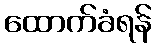
ထောက်ခံရန်